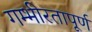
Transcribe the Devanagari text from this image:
गम्भीरतापूर्ण